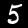
Label: 5